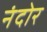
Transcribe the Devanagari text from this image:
नंदोर